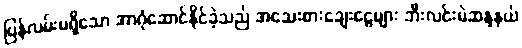
ပြန်လမ်းမရှိသော အာဂုံဆောင်နိုင်ခဲ့သည် အသေးစားချေးငွေများ ဘီးလင်းမဲဆန္ဒနယ်